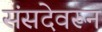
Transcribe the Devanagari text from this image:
संसदेवरून